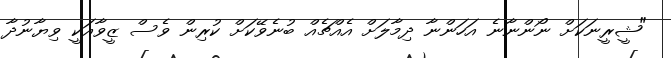
"ޝީރީނަކަށް ނޯންނާނެ އަހަންނާ ދިމާލަށް އެއްޗެއް ބުނެވޭކަށް ކުރިން ވެސް ޒީވާއަކީ ވިޔާނުދާ